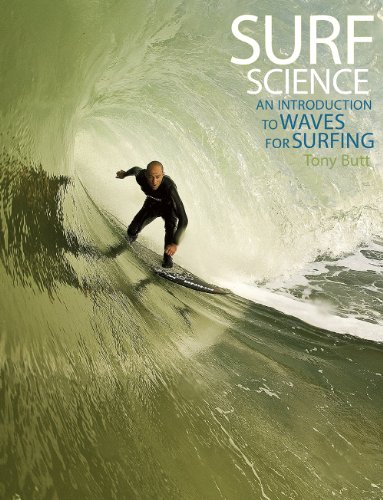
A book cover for Surf Science: An Introduction to Waves for Surfing, 3rd Ed.; Tony Butt; Sports & Outdoors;